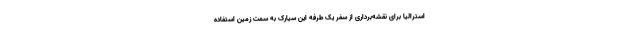
استرالیا برای نقشه‌برداری از سفر یک طرفه این سیارک به سمت زمین استفاده